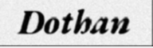
Dothan